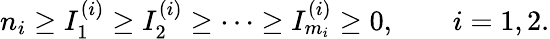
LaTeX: n_{i}\ge I_{1}^{(i)}\ge I_{2}^{(i)}\ge\dots\ge I_{m_{i}}^{(i)}\ge 0,\qquad i=1,2.